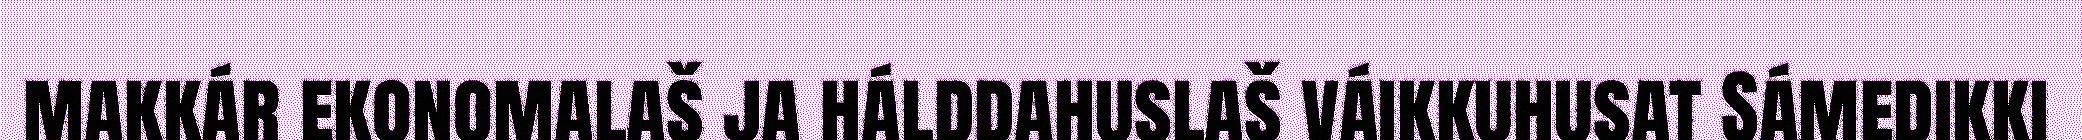
makkár ekonomalaš ja hálddahuslaš váikkuhusat Sámedikki